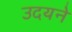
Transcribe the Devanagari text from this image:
उदयने